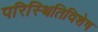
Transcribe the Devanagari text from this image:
परिस्थितिविशेष